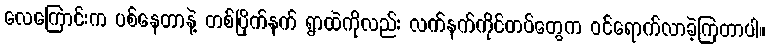
လေကြောင်းက ပစ်နေတာနဲ့ တစ်ပြိုက်နက် ရွာထဲကိုလည်း လက်နက်ကိုင်တပ်တွေက ဝင်ရောက်လာခဲ့ကြတာပါ။